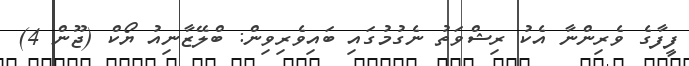
ފީފާގެ ވެރިންނާ އެކު ރިޝްވަތު ނެގުމުގައި ބައިވެރިވިން: ބްލޭޒާނިއު ޔޯކް (ޖޫން 4)